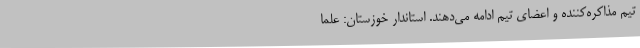
تیم مذاکره‌کننده و اعضای تیم ادامه می‌دهند. استاندار خوزستان: علما